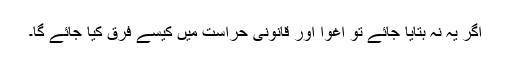
اگر یہ نہ بتایا جائے تو اغوا اور قانونی حراست میں کیسے فرق کیا جائے گا۔